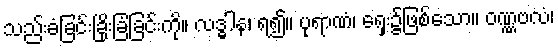
သည်းခံခြင်းခြိုးခြံခြင်းကို။ လဒ္ဓါန၊ ရ၍။ ပုရာဏံ၊ ရှေး၌ဖြစ်သော။ ဝဏ္ဏဗလံ၊